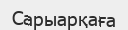
Сарыарқаға